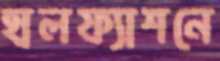
হালফ্যাশনে